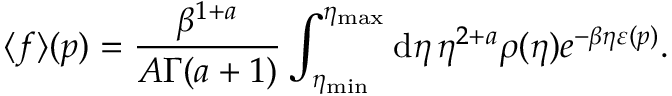
\langle f \rangle ( \boldsymbol { p } ) = \frac { \beta ^ { 1 + a } } { A \Gamma ( a + 1 ) } \int _ { \eta _ { \mathrm { m i n } } } ^ { \eta _ { \mathrm { m a x } } } \mathrm { d } \eta \, \eta ^ { 2 + a } \rho ( \eta ) e ^ { - \beta \eta \varepsilon ( \v { p } ) } .